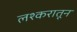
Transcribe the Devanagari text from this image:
लश्करातून